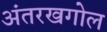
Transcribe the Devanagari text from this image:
अंतरखगोल